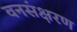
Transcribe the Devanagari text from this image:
वनसंक्षरण